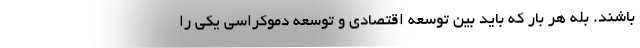
باشند. بله هر بار که باید بین توسعه اقتصادی و توسعه دموکراسی یکی را